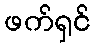
ဖက်ရှင်